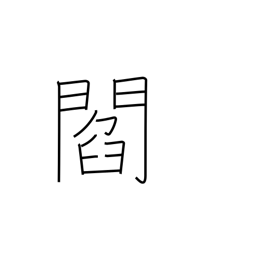
Meaning: town